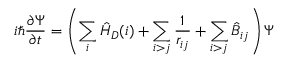
i \hbar { \frac { \partial \Psi } { \partial t } } = \left( \sum _ { i } { \hat { H } } _ { D } ( i ) + \sum _ { i > j } { \frac { 1 } { r _ { i j } } } + \sum _ { i > j } { \hat { B } } _ { i j } \right) \Psi